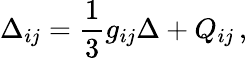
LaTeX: \Delta_{ij}=\frac 13g_{ij}\Delta+Q_{ij}\, ,